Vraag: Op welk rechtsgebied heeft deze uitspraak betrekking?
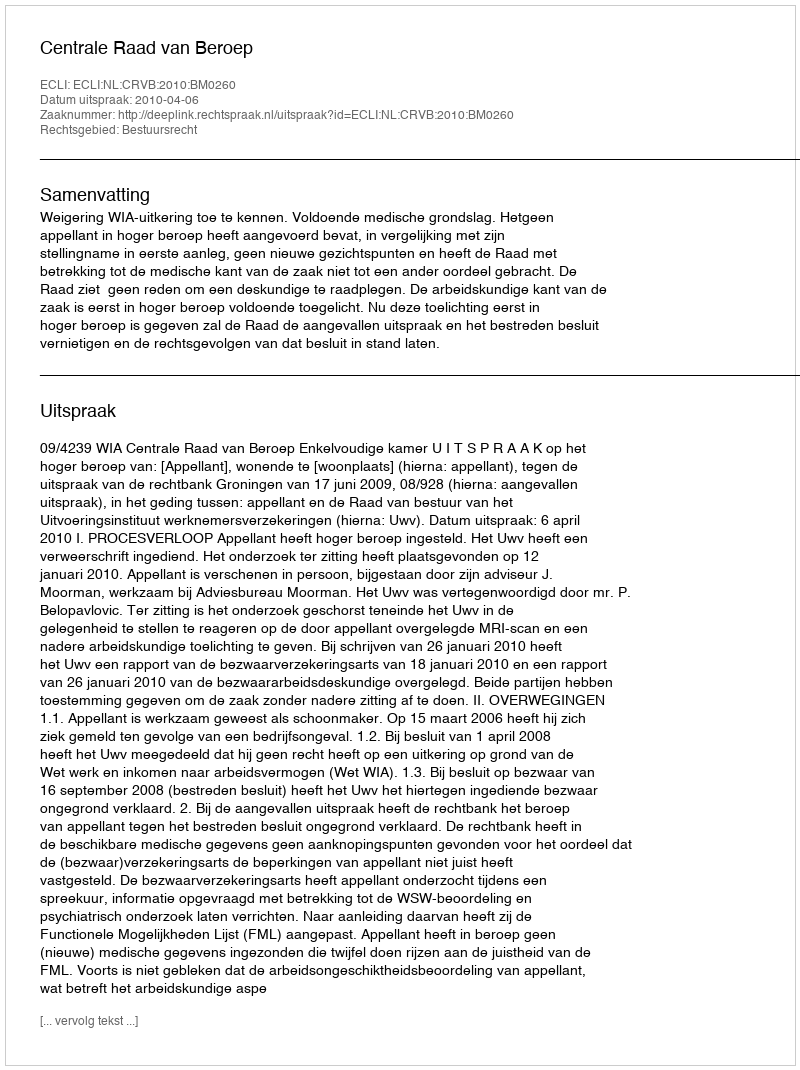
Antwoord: Bestuursrecht